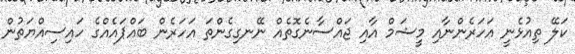
ކަލޭ ތިއުޅެނީ އަހަރެންނާއި މީޝަމް އާއި ޖައްސާނެގޮތެއް ނޭނގިގެންތަ އަހަރެން ބައްޕައެއްގެ ހައިސިއްޔަތުން